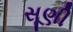
સૂણી